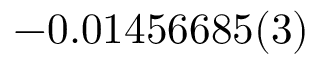
- 0 . 0 1 4 5 6 6 8 5 ( 3 )